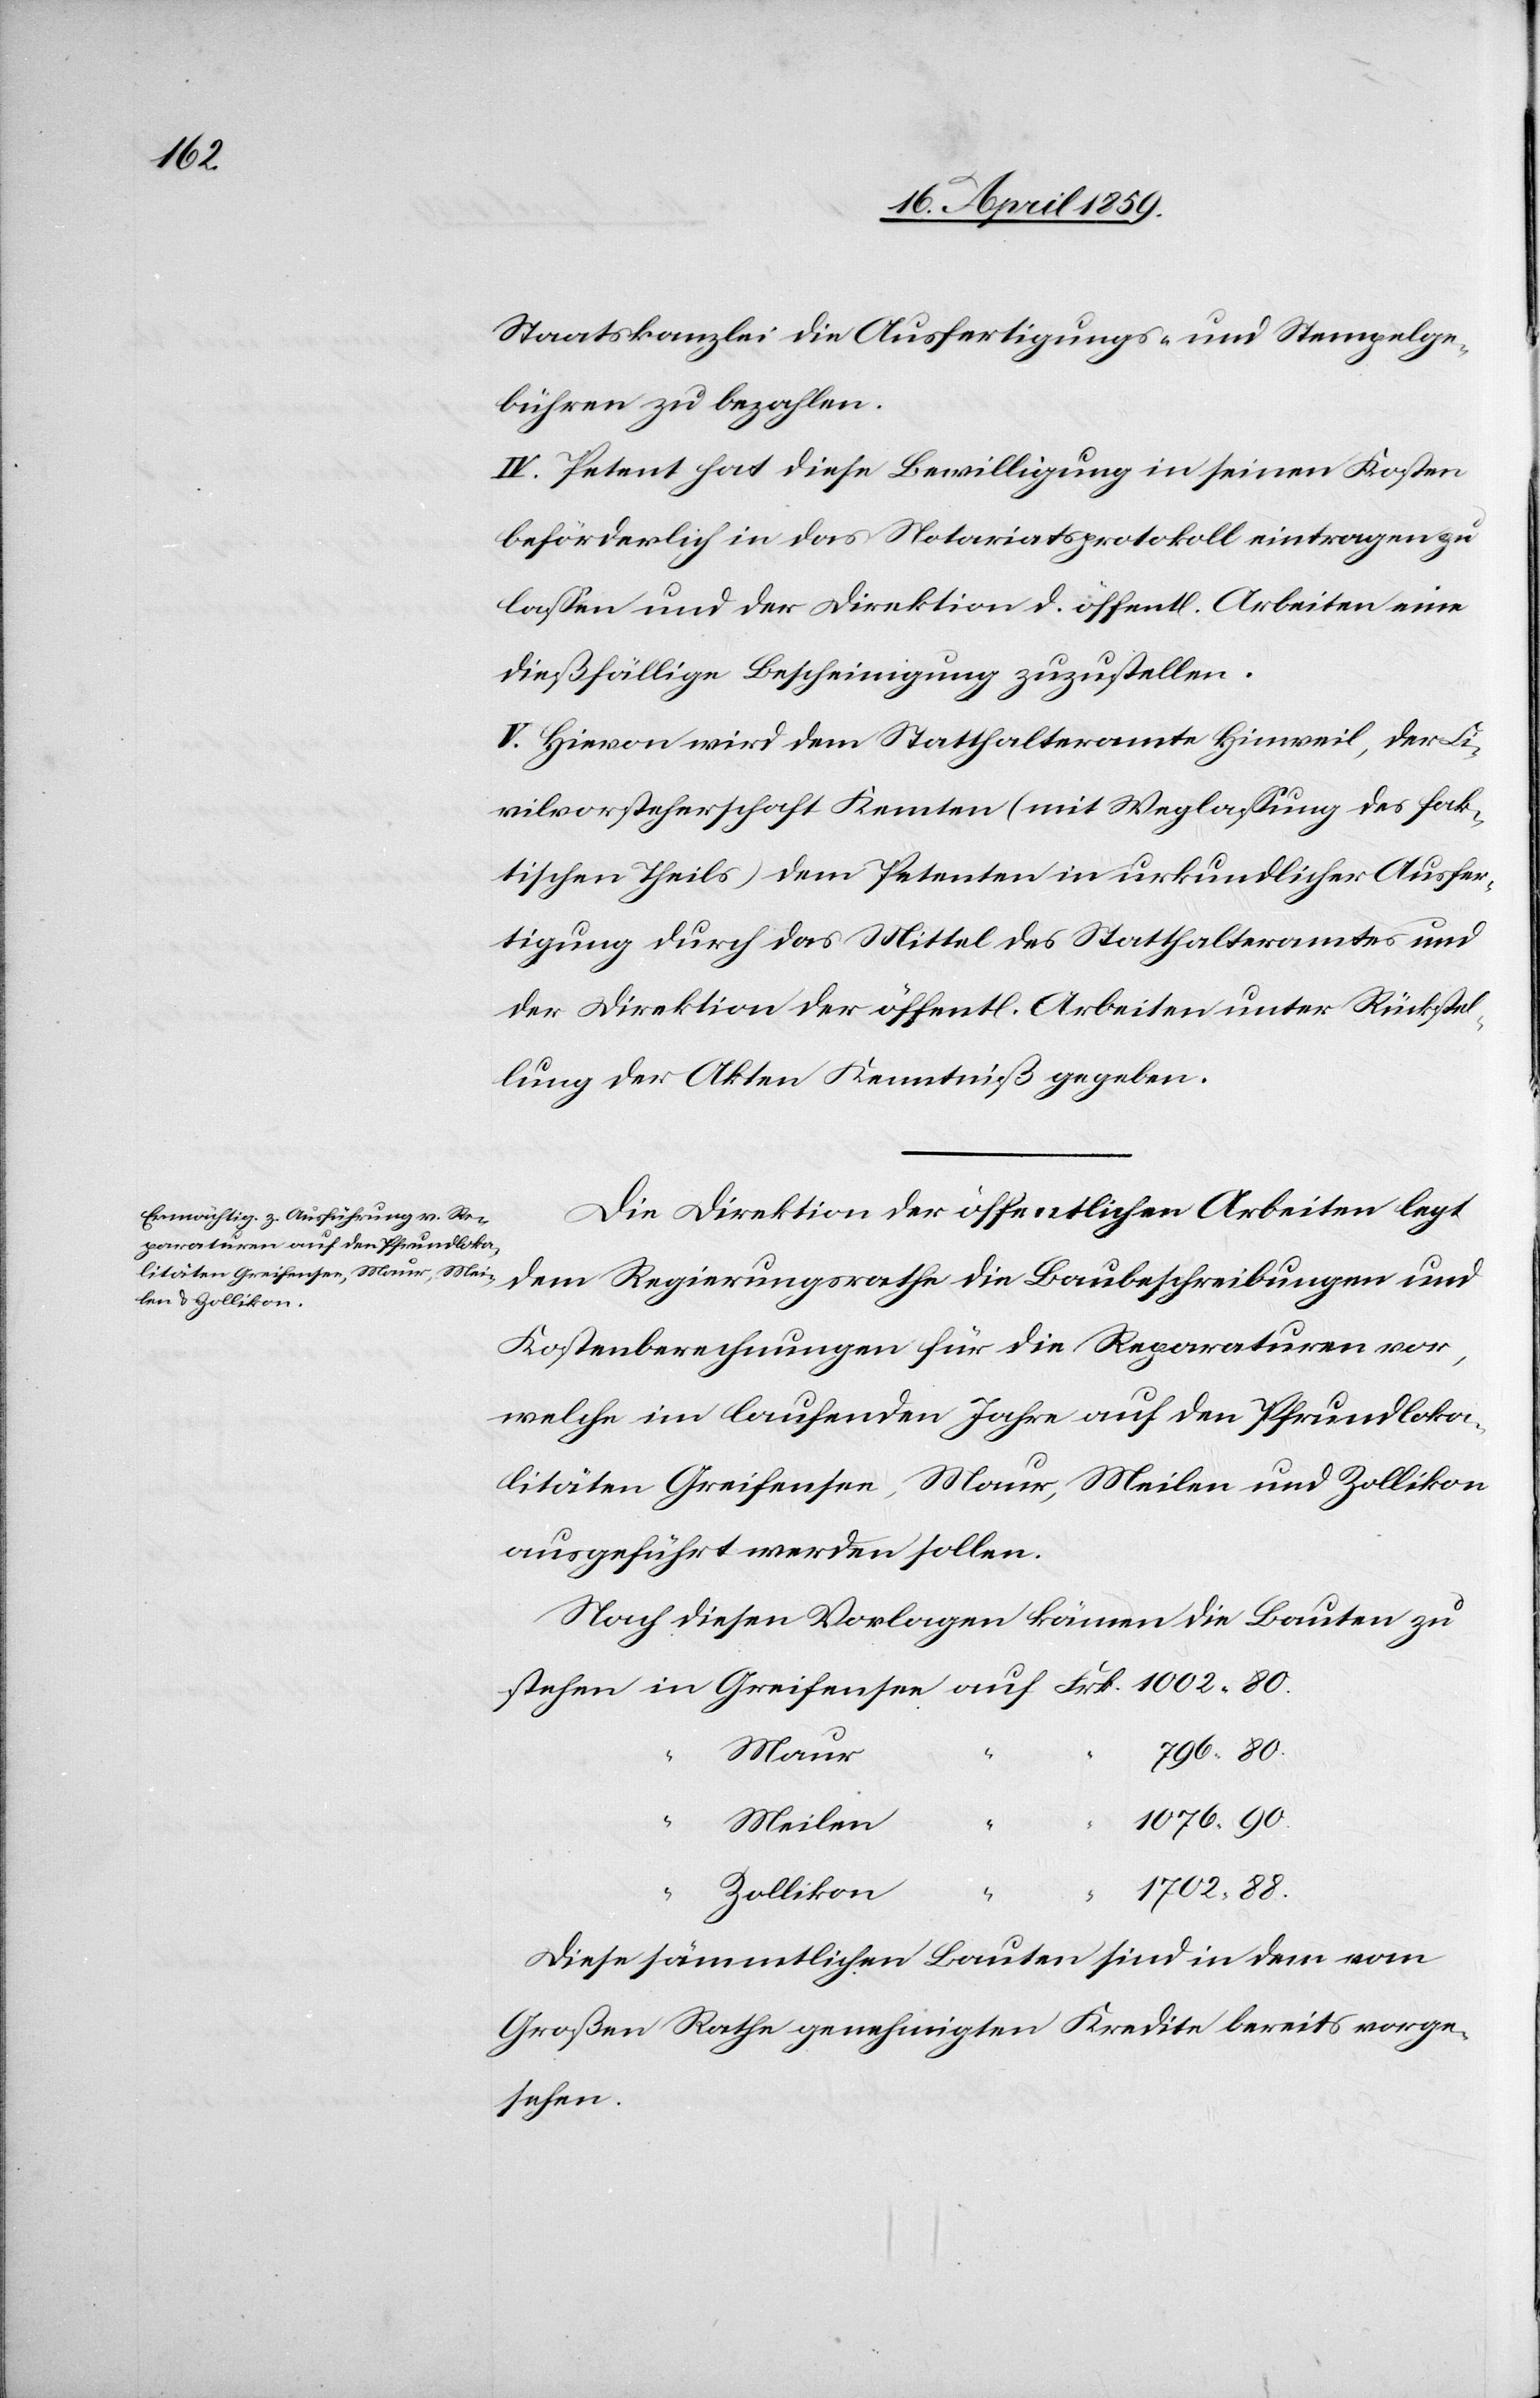
Staatskanzlei die Ausfertigungs- und Stempelge¬
bühren zu bezahlen.
IV. Patent hat diese Bewilligung in seinen Kosten
beförderlich in das Notariatsprotokoll eintragen zu
laßen und der Direktion d. öffentl. Arbeiten eine
dießfällige Bescheinigung zuzustellen.
V. Hievon wird dem Statthalteramte Hinweil, der Ci¬
vilvorsteherschaft Kemten [sic!] (mit Weglaßung des fak¬
tischen Theils) dem Petenten in urkundlicher Ausfer¬
tigung durch das Mittel des Statthalteramtes und
der Direktion der öffentl. Arbeiten unter Rückstel¬
lung der Akten Kenntniß gegeben.
Die Direktion der öffentlichen Arbeiten legt
dem Regierungsrathe die Baubeschreibungen und
Kostenberechnungen für die Reparaturen vor,
welche im laufenden Jahre auf den Pfrundloka¬
litäten Greifensee, Maur, Meilen und Zollikon
ausgeführt werden sollen.
Nach diesen Vorlagen kämen die Bauten zu
796.80.
Maur
1076.90.
Meilen
1702.88.
Zollikon
“
Diese sämmtlichen Bauten sind in dem vom
Großen Rathe genehmigten Kredite bereits vorge¬
sehen.